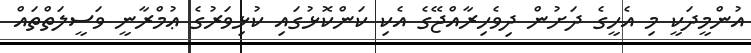
އުންމީދަކީ މި އެހީގެ ދަށުން ދިވެހިރާއްޖޭގެ އެކި ކަންކޮޅުގައި ކުޅިވަރުގެ ޢުމްރާނީ ވަސީލަތްތައް